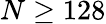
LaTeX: N\geq 128